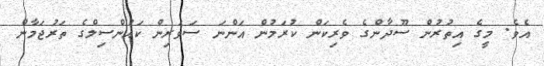
އެވެ. މީގެ އިތުރުން ސޫދާންގެ ވެރިކަން ކުރަމުން އަންނަ ސަވަރިން ކައުންސިލްގެ ތަރުޖަމާން